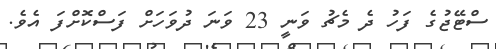
ސްޓޭޖުގެ ފަހު ދެ މެޗު ވަނީ 23 ވަނަ ދުވަހަށް ފަސްކޮށްފަ އެވެ.